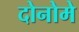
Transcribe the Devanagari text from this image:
दोनोमे